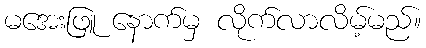
မအေးဖြူ နောက်မှ လိုက်လာလိမ့်မည်။